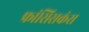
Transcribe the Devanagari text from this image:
फ्रांसिसकंस